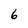
Character: 6